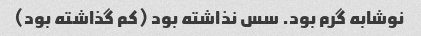
نوشابه گرم بود. سس نذاشته بود (کم گذاشته بود)